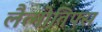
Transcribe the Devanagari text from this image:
लैत्मोतिफ्स